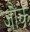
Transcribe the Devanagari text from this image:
जौंक